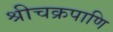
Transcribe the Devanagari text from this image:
श्रीचक्रपाणि